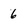
Character: 6